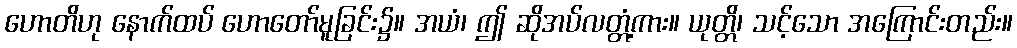
ဟောတိဟု နောက်ထပ် ဟောတော်မူခြင်း၌။ အယံ၊ ဤ ဆိုအပ်လတ္တံ့ကား။ ယုတ္တိ၊ သင့်သော အကြောင်းတည်း။